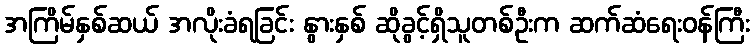
အကြိမ်နှစ်ဆယ် အလိုးခံရခြင်း နွားနှစ် ဆိုခွင့်ရှိသူတစ်ဦးက ဆက်ဆံရေးဝန်ကြီး